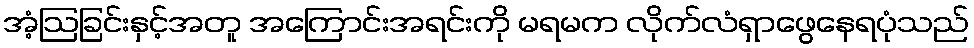
အံ့ဩခြင်းနှင့်အတူ အကြောင်းအရင်းကို မရမက လိုက်လံရှာဖွေနေရပုံသည်